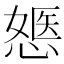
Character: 𢟇